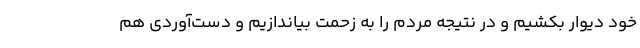
خود دیوار بکشیم و در نتیجه مردم را به زحمت بیاندازیم و دست‌آوردی هم